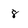
Character: 8